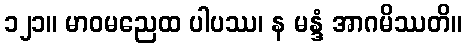
၁၂၁။ မာဝမညေထ ပါပဿ၊ န မန္ဒံ အာဂမိဿတိ။